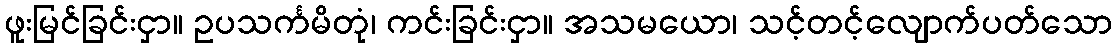
ဖူးမြင်ခြင်းငှာ။ ဥပသင်္ကမိတုံ၊ ကင်းခြင်းငှာ။ အသမယော၊ သင့်တင့်လျောက်ပတ်သော